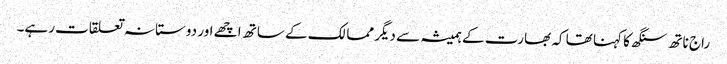
راج ناتھ سنگھ کا کہنا تھا کہ بھارت کے ہمیشہ سے دیگر ممالک کے ساتھ اچھے اور دوستانہ تعلقات رہے۔